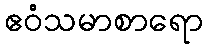
ဧဝံသမာစာရော